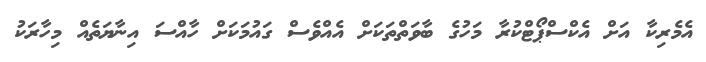
އެމެރިކާ އަށް އެކްސްޕޯޓްކުރާ މަހުގެ ބާވަތްތަކަށް އެއްވެސް ގައުމަކަށް ހާއްސަ އިނާޔަތެއް މިހާރަކު